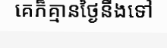
គេក៏គ្មានថ្ងៃនឹងទៅ